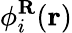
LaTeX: \phi_{i}^{\mathbf{R}}(\mathbf{r})